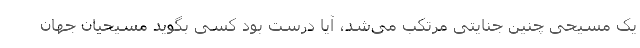
یک مسیحی چنین جنایتی مرتکب می‌شد، آیا درست بود کسی بگوید مسیحیان جهان